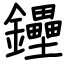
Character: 鑸